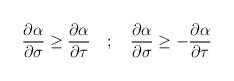
\begin{align*}\frac{\partial \alpha}{\partial \sigma} \ge \frac{\partial \alpha}{\partial \tau} \quad ; \quad \frac{\partial \alpha}{\partial \sigma}\ge - \frac{\partial \alpha}{\partial \tau}\end{align*}